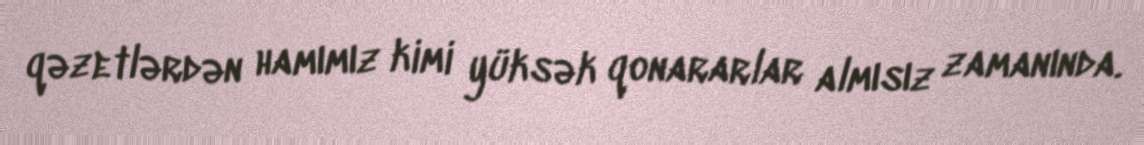
qəzetlərdən hamımız kimi yüksək qonararlar almısız zamanında.